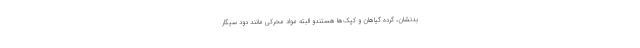
بدنشان، گرده گیاهان و کپک‌ها هستندو البته مواد محرکی مانند دود سیگار